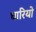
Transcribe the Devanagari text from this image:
धारियो